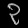
Digit: ၃